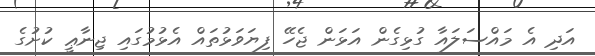
އަދި އެ މައްސަލައާ ގުޅިގެން އަޅަން ޖެހޭ ފިޔަވަޅުތައް އެޅުމުގައި ޖިނާޢީ ކުށުގެ